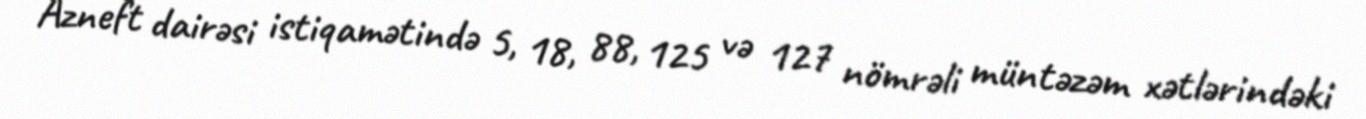
Azneft dairəsi istiqamətində 5, 18, 88, 125 və 127 nömrəli müntəzəm xətlərindəki